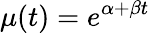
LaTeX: \mu(t)=e^{\alpha+\beta t}